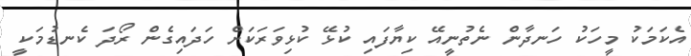
އެކަމަކު މީހަކު ހަނދާން ނެތުނީއޭ ކިޔާފައި ކުޅޭ ކުޅިވަރަކަށް ހަދައިގެން ރޯދަ ކެނޑުމަކީ